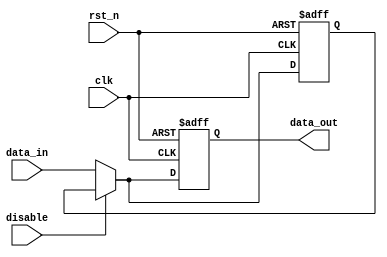
module DisableBlock (
    input wire clk,               // Clock signal
    input wire rst_n,             // Active low reset signal
    input wire disable,           // Control signal to disable the block
    input wire [N-1:0] data_in,   // Input data (N bits wide)
    output reg [N-1:0] data_out   // Output data (N bits wide)
);
    parameter N = 8;              // Width of the input and output data

    reg [N-1:0] last_valid_output; // Register to hold the last valid output

    always @(posedge clk or negedge rst_n) begin
        if (!rst_n) begin
            data_out <= {N{1'b0}};  // Reset output to 0
            last_valid_output <= {N{1'b0}}; // Reset last valid output
        end else if (disable) begin
            // Maintain the last valid output when disabled
            data_out <= last_valid_output;
        end else begin
            // Process input data and update output
            data_out <= data_in;
            last_valid_output <= data_in; // Update last valid output
        end
    end
endmodule